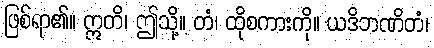
ဖြစ်ရာ၏။ ဣတိ၊ ဤသို့။ တံ၊ ထိုစကားကို။ ယဒိဘဏိတံ၊